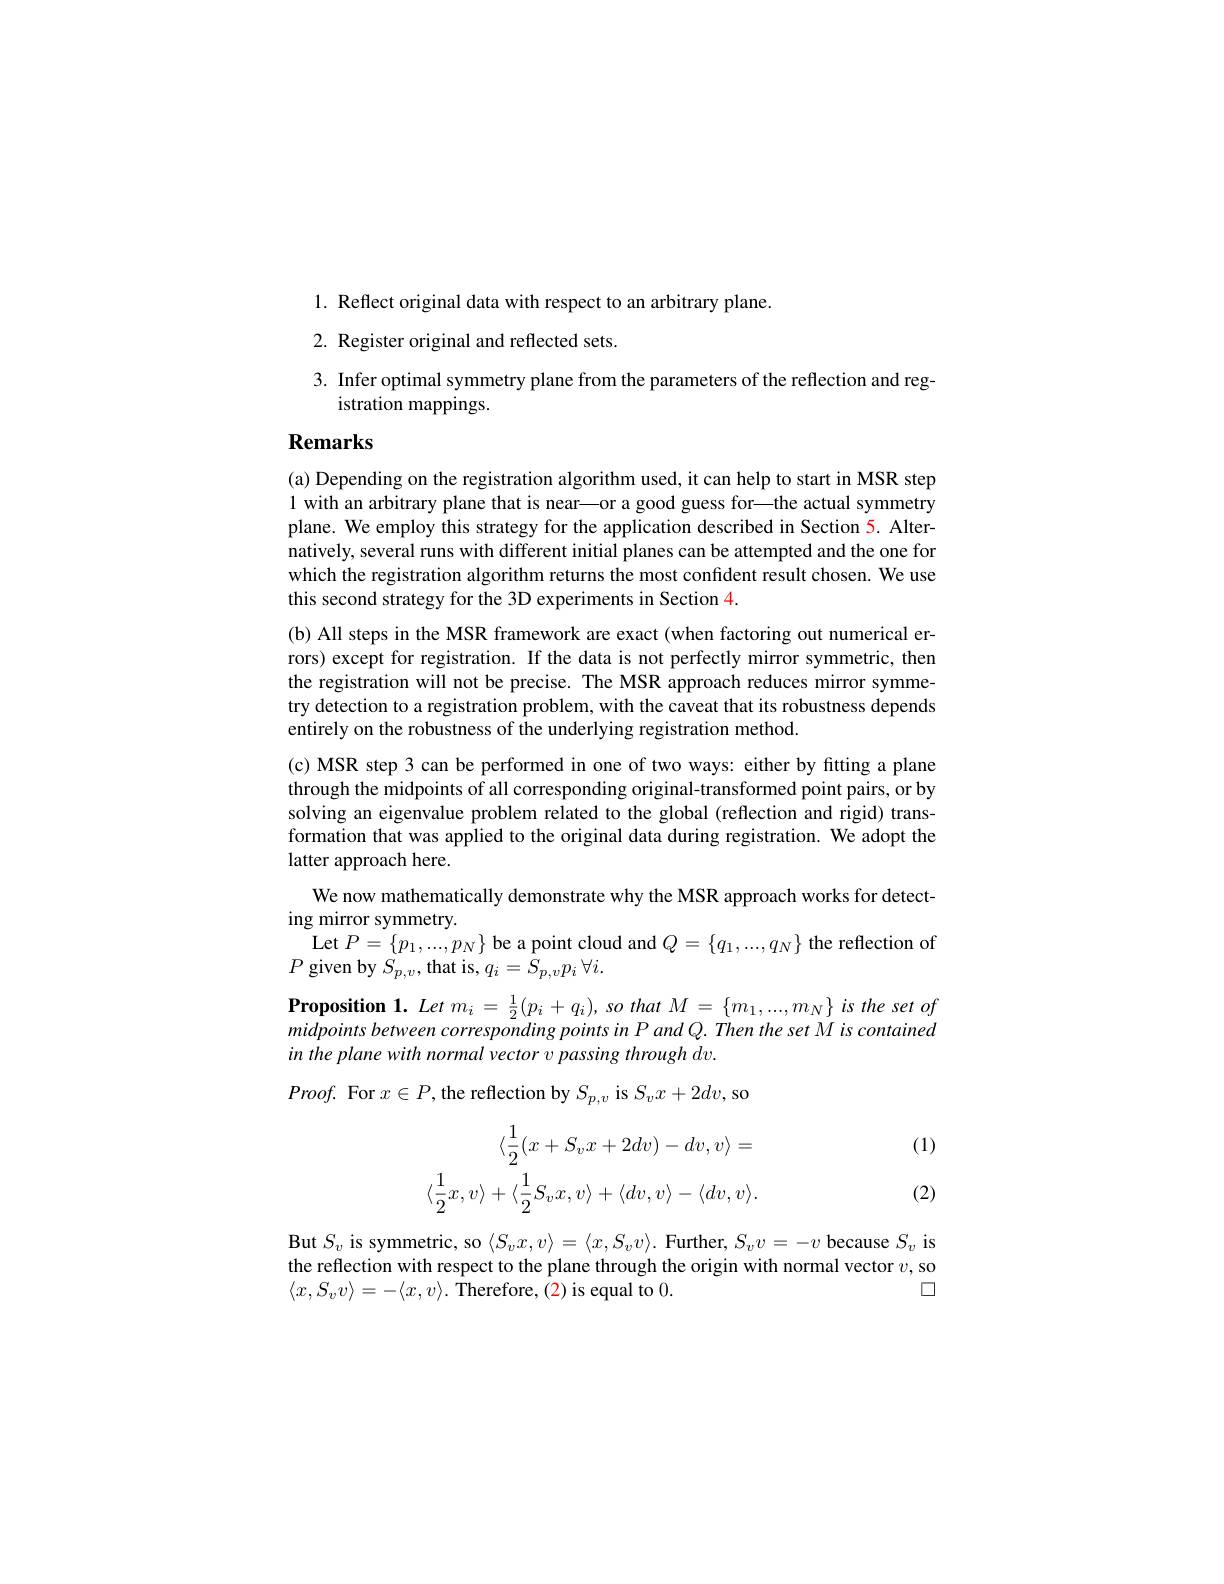
1. Reflect original data with respect to an arbitrary plane
2. Register original and reflected sets
3. Infer optimal symmetry plane from the parameters of the reflection and reg-
istration mappings.

# Remarks

(a) Depending on the registration algorithm used, it can help to start in MSR step 1 with an arbitrary plane that is near—or a good guess for—the actual symmetry plane. We employ this strategy for the application described in Section 5. Alternatively, several runs with different initial planes can be attempted and the one for which the registration algorithm returns the most confident result chosen. We use this second strategy for the 3D experiments in Section 4.

(b) All steps in the MSR framework are exact (when factoring out numerical errors) except for registration. If the data is not perfectly mirror symmetric, then the registration will not be precise. The MSR approach reduces mirror symmetry detection to a registration problem, with the caveat that its robustness depends entirely on the robustness of the underlying registration method
(c) MSR step 3 can be performed in one of two ways: either by fitting a plane through the midpoints of all corresponding original-transformed point pairs, or by solving an eigenvalue problem related to the global (reflection and rigid) transformation that was applied to the original data during registration. We adopt the latter approach here.
We now mathematically demonstrate why the MSR approach works for detect-
ing mirror symmetry.
Let $P=\{p_{1},...,p_{N}\}$ be a point cloud and $Q=\{q_{1},...,q_{N}\}$ the reflection of
$P$ given by $S_p,v$,that is$,q_i=S_p,vp_i\forall i.$
$\textbf{Proposition 1. Let }m_{i}= \frac 12( p_{i}+ q_{i}) , \textit{so that }M= \{ m_{1}, . . . , m_{N}\} \textit{is the set of}$ midpoints between corresponding points in P and Q. Then the set M is contained in the plane with normal vector v passing through dv
$Proof.$ For $x\in P$, the reflection by $S_{p,v}$ is $S_vx+2dv$,so

(1)
$$\langle\frac{1}{2}(x+S_{v}x+2dv)-dv,v\rangle=\\\langle\frac{1}{2}x,v\rangle+\langle\frac{1}{2}S_{v}x,v\rangle+\langle dv,v\rangle-\langle dv,v\rangle.$$
(2)

But $S_v$ is symmetric, so $\langle S_vx,v\rangle=\langle x,S_vv\rangle.$ Further, $S_vv=-v$ because $S_v$ is the reflection with respect to the plane through the origin with normal vector $v$, so
$\square$
$\langle x,S_vv\rangle=-\langle x,v\rangle.$ Therefore,(2)is equal to 0.